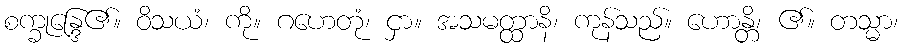
စက္ခုန္ဒြေ၏။ ဝိသယံ၊ ကို။ ဂဟေတုံ၊ ငှာ။ အသမတ္ထာနိ၊ ကုန်သည်။ ဟောန္တိ၊ ၏။ တသ္မာ၊